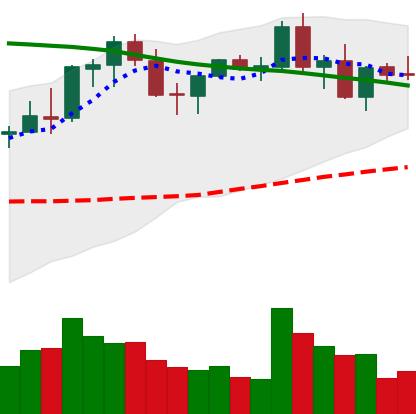
Ticker: NEO-USD
Chart end date: 2021-08-29
Forward return: 4.965%
Label: up_3_5